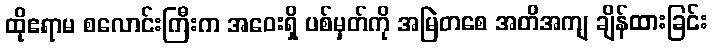
ထိုဧရာမ စလောင်းကြီးက အဝေးရှိ ပစ်မှတ်ကို အမြဲတစေ အတိအကျ ချိန်ထားခြင်း